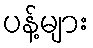
ပန့်များ